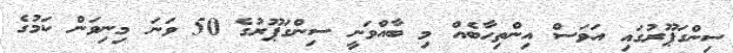
ސިންގަޕޫރުގައި އަވަސް އިންތިހާބެއް މި ބާއްވަނީ ސިންގަޕޫރުގެ 50 ވަނަ މިނިވަން ކަމުގެ